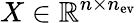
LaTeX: X\in\mathbb{R}^{n\times n_{\mathrm{ev}}}